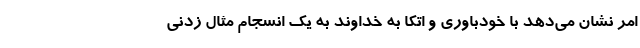
امر نشان می‌دهد با خودباوری و اتکا به خداوند به یک انسجام مثال زدنی